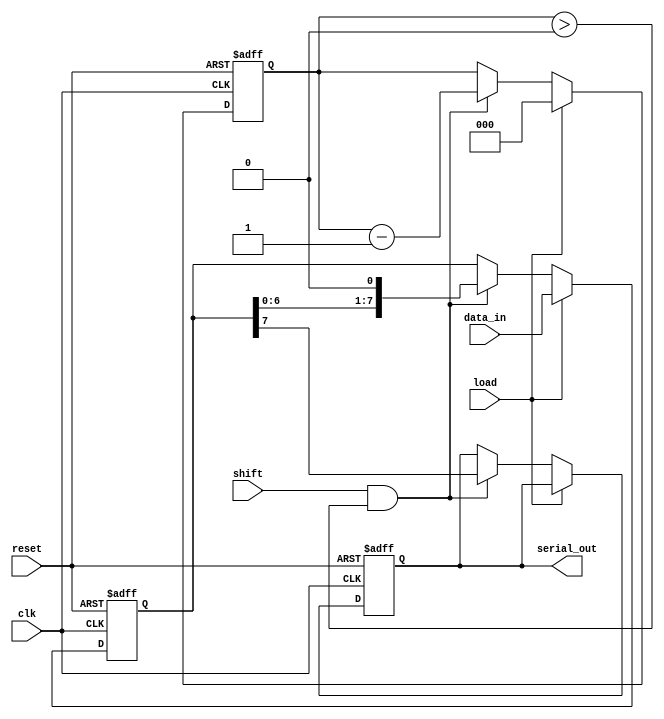
module PISO_Register #(
    parameter WIDTH = 8  // Configurable width of the parallel input
)(
    input wire clk,             // Clock signal
    input wire reset,           // Reset signal
    input wire load,            // Load control signal
    input wire shift,           // Shift control signal
    input wire [WIDTH-1:0] data_in, // Parallel input data
    output reg serial_out       // Serial output data
);

    // Internal register to hold the data
    reg [WIDTH-1:0] shift_reg;
    reg [$clog2(WIDTH)-1:0] bit_count; // Counter for bits shifted out

    // State machine to manage loading and shifting
    always @(posedge clk or posedge reset) begin
        if (reset) begin
            shift_reg <= 0;          // Clear the shift register
            serial_out <= 0;         // Clear the serial output
            bit_count <= 0;          // Reset bit counter
        end else begin
            if (load) begin
                shift_reg <= data_in; // Load data into shift register
                bit_count <= WIDTH;    // Set bit count to WIDTH
            end else if (shift && bit_count > 0) begin
                serial_out <= shift_reg[WIDTH-1]; // Output the MSB
                shift_reg <= shift_reg << 1; // Shift left
                bit_count <= bit_count - 1; // Decrement the bit count
            end
        end
    end

endmodule